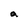
Character: a